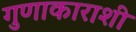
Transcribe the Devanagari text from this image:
गुणाकाराशी